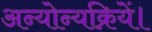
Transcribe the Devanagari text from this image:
अन्योन्यक्रियें।